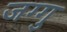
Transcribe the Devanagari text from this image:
जग्गु